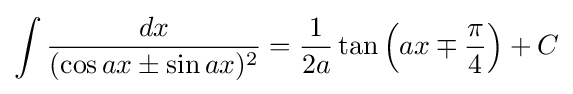
\int {\frac {dx}{(\cos ax\pm \sin ax)^{2}}}={\frac {1}{2a}}\tan \left(ax\mp {\frac {\pi }{4}}\right)+C